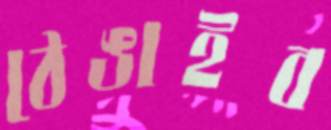
ঠেঙাইব